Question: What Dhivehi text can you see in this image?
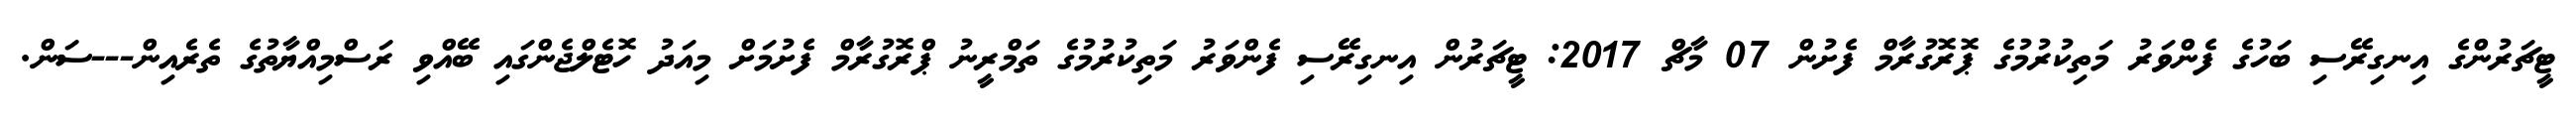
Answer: ޓީޗަރުންގެ އިނގިރޭސި ބަހުގެ ފެންވަރު މަތިކުރުމުގެ ޕޮރޮގުރާމް ފެށުން 07 މާޗް 2017: ޓީޗަރުން އިނގިރޭސި ފެންވަރު މަތިކުރުމުގެ ތަމްރީނު ޕްރޮގުރާމް ފެށުމަށް މިއަދު ހޮޓެލްޖެންގައި ބޭއްވި ރަސްމިއްޔާތުގެ ތެރެއިން---ސަން.